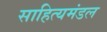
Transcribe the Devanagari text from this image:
साहित्यमंडल